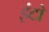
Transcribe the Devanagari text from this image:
इंटो